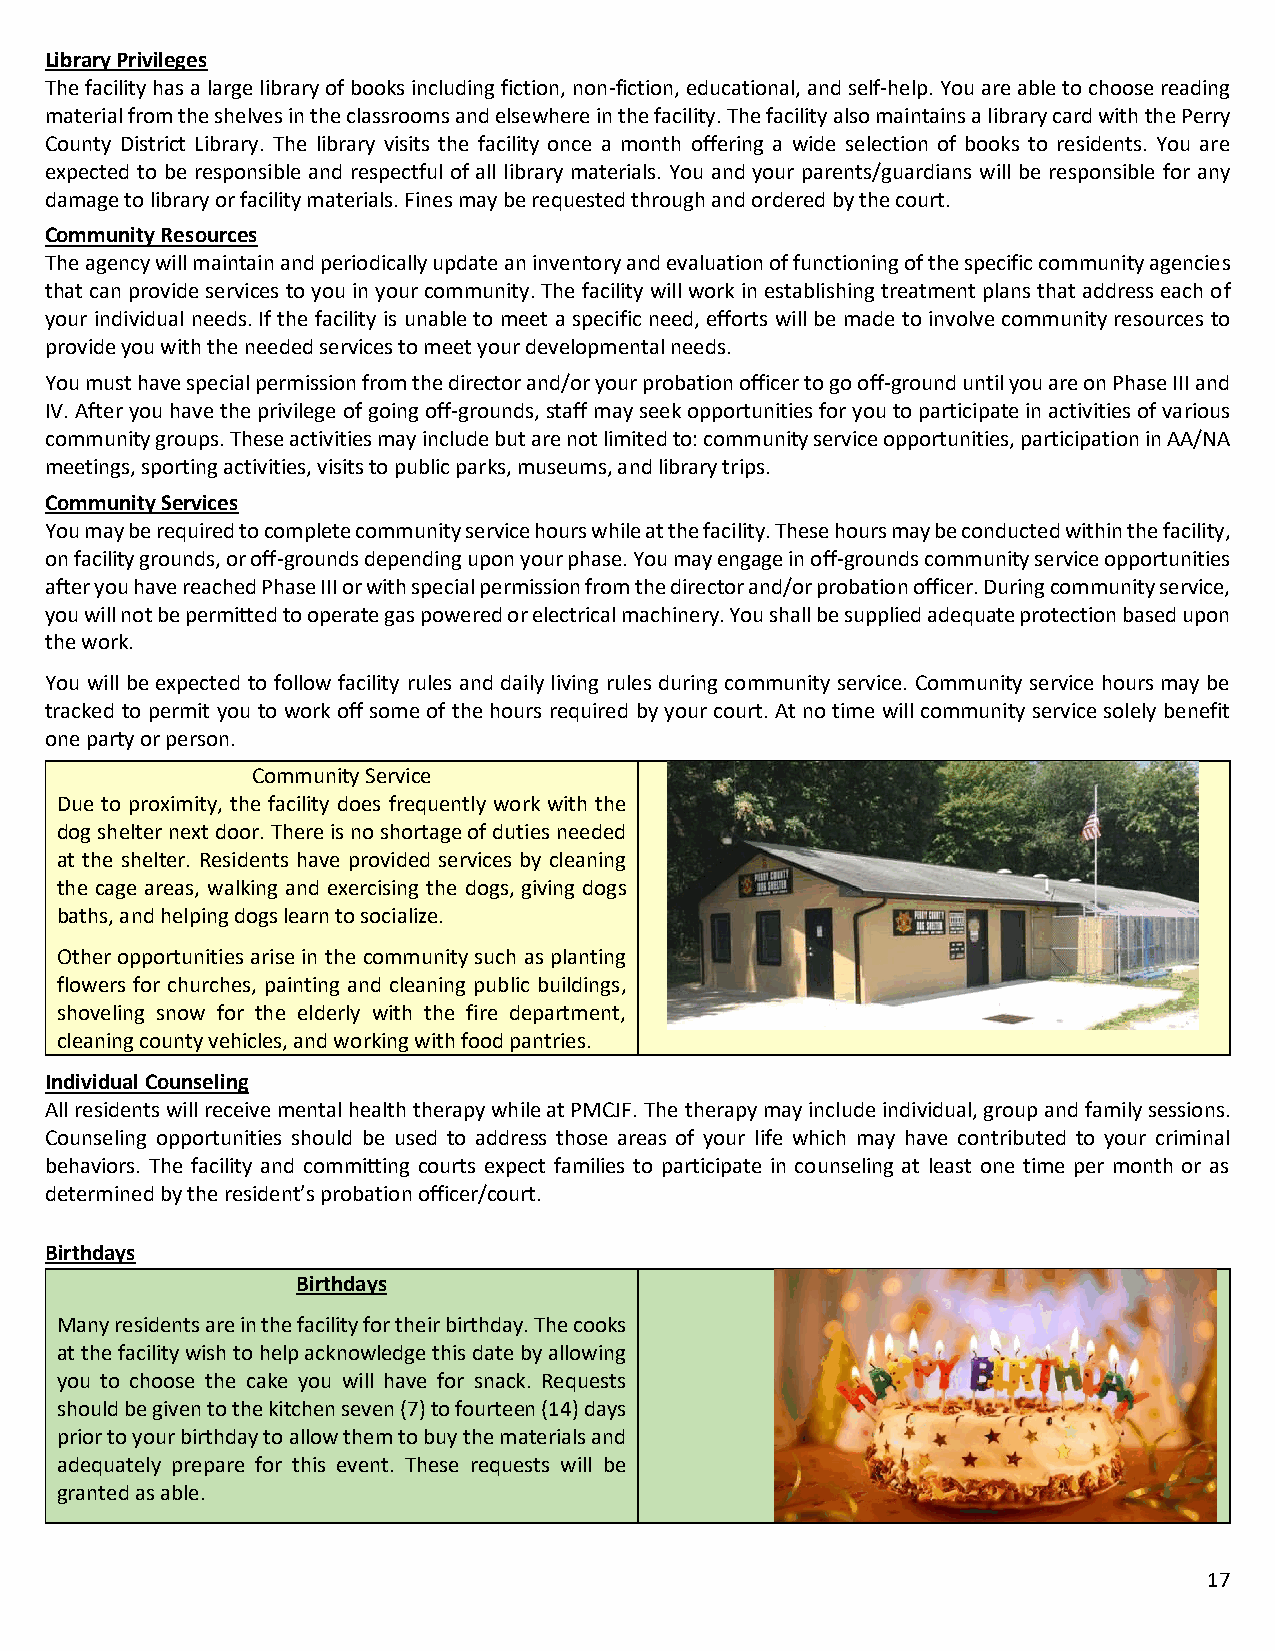
Library Privileges
 The facility has a large library of books including fiction, non-fiction, educational, and self-help. You are able to choose reading
 material from the shelves in the classrooms and elsewhere in the facility. The facility also maintains a library card with the Perry
 County District Library. The library visits the facility once a month offering a wide selection of books to residents. You are
 expected to be responsible and respectful of all library materials. You and your parents/guardians will be responsible for any
 damage to library or facility materials. Fines may be requested through and ordered by the court.
 Community Resources
 The agency will maintain and periodically update an inventory and evaluation of functioning of the specific community agencies
 that can provide services to you in your community. The facility will work in establishing treatment plans that address each of
 your individual needs. If the facility is unable to meet a specific need, efforts will be made to involve community resources to
 provide you with the needed services to meet your developmental needs.
 You must have special permission from the director and/or your probation officer to go off-ground until you are on Phase III and
 IV. After you have the privilege of going off-grounds, staff may seek opportunities for you to participate in activities of various
 community groups. These activities may include but are not limited to: community service opportunities, participation in AA/NA
 meetings, sporting activities, visits to public parks, museums, and library trips.
 Community Services
 You may be required to complete community service hours while at the facility. These hours may be conducted within the facility,
 on facility grounds, or off-grounds depending upon your phase. You may engage in off-grounds community service opportunities
 after you have reached Phase III or with special permission from the director and/or probation officer. During community service,
 you will not be permitted to operate gas powered or electrical machinery. You shall be supplied adequate protection based upon
 the work.
 You will be expected to follow facility rules and daily living rules during community service. Community service hours may be
 tracked to permit you to work off some of the hours required by your court. At no time will community service solely benefit
 one party or person.
 Community Service
 Due to proximity, the facility does frequently work with the
 dog shelter next door. There is no shortage of duties needed
 at the shelter. Residents have provided services by cleaning
 the cage areas, walking and exercising the dogs, giving dogs
 baths, and helping dogs learn to socialize.
 Other opportunities arise in the community such as planting
 flowers for churches, painting and cleaning public buildings,
 shoveling snow for the elderly with the fire department,
 cleaning county vehicles, and working with food pantries.
 Individual Counseling
 All residents will receive mental health therapy while at PMCJF. The therapy may include individual, group and family sessions.
 Counseling opportunities should be used to address those areas of your life which may have contributed to your criminal
 behaviors. The facility and committing courts expect families to participate in counseling at least one time per month or as
 determined by the resident’s probation officer/court.
 Birthdays
 Birthdays
 Many residents are in the facility for their birthday. The cooks
 at the facility wish to help acknowledge this date by allowing
 you to choose the cake you will have for snack. Requests
 should be given to the kitchen seven (7) to fourteen (14) days
 prior to your birthday to allow them to buy the materials and
 adequately prepare for this event. These requests will be
 granted as able.
 17